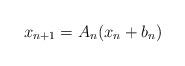
LaTeX: \begin{align*}x_{n+1}=A_{n}(x_{n}+b_{n}) \end{align*}